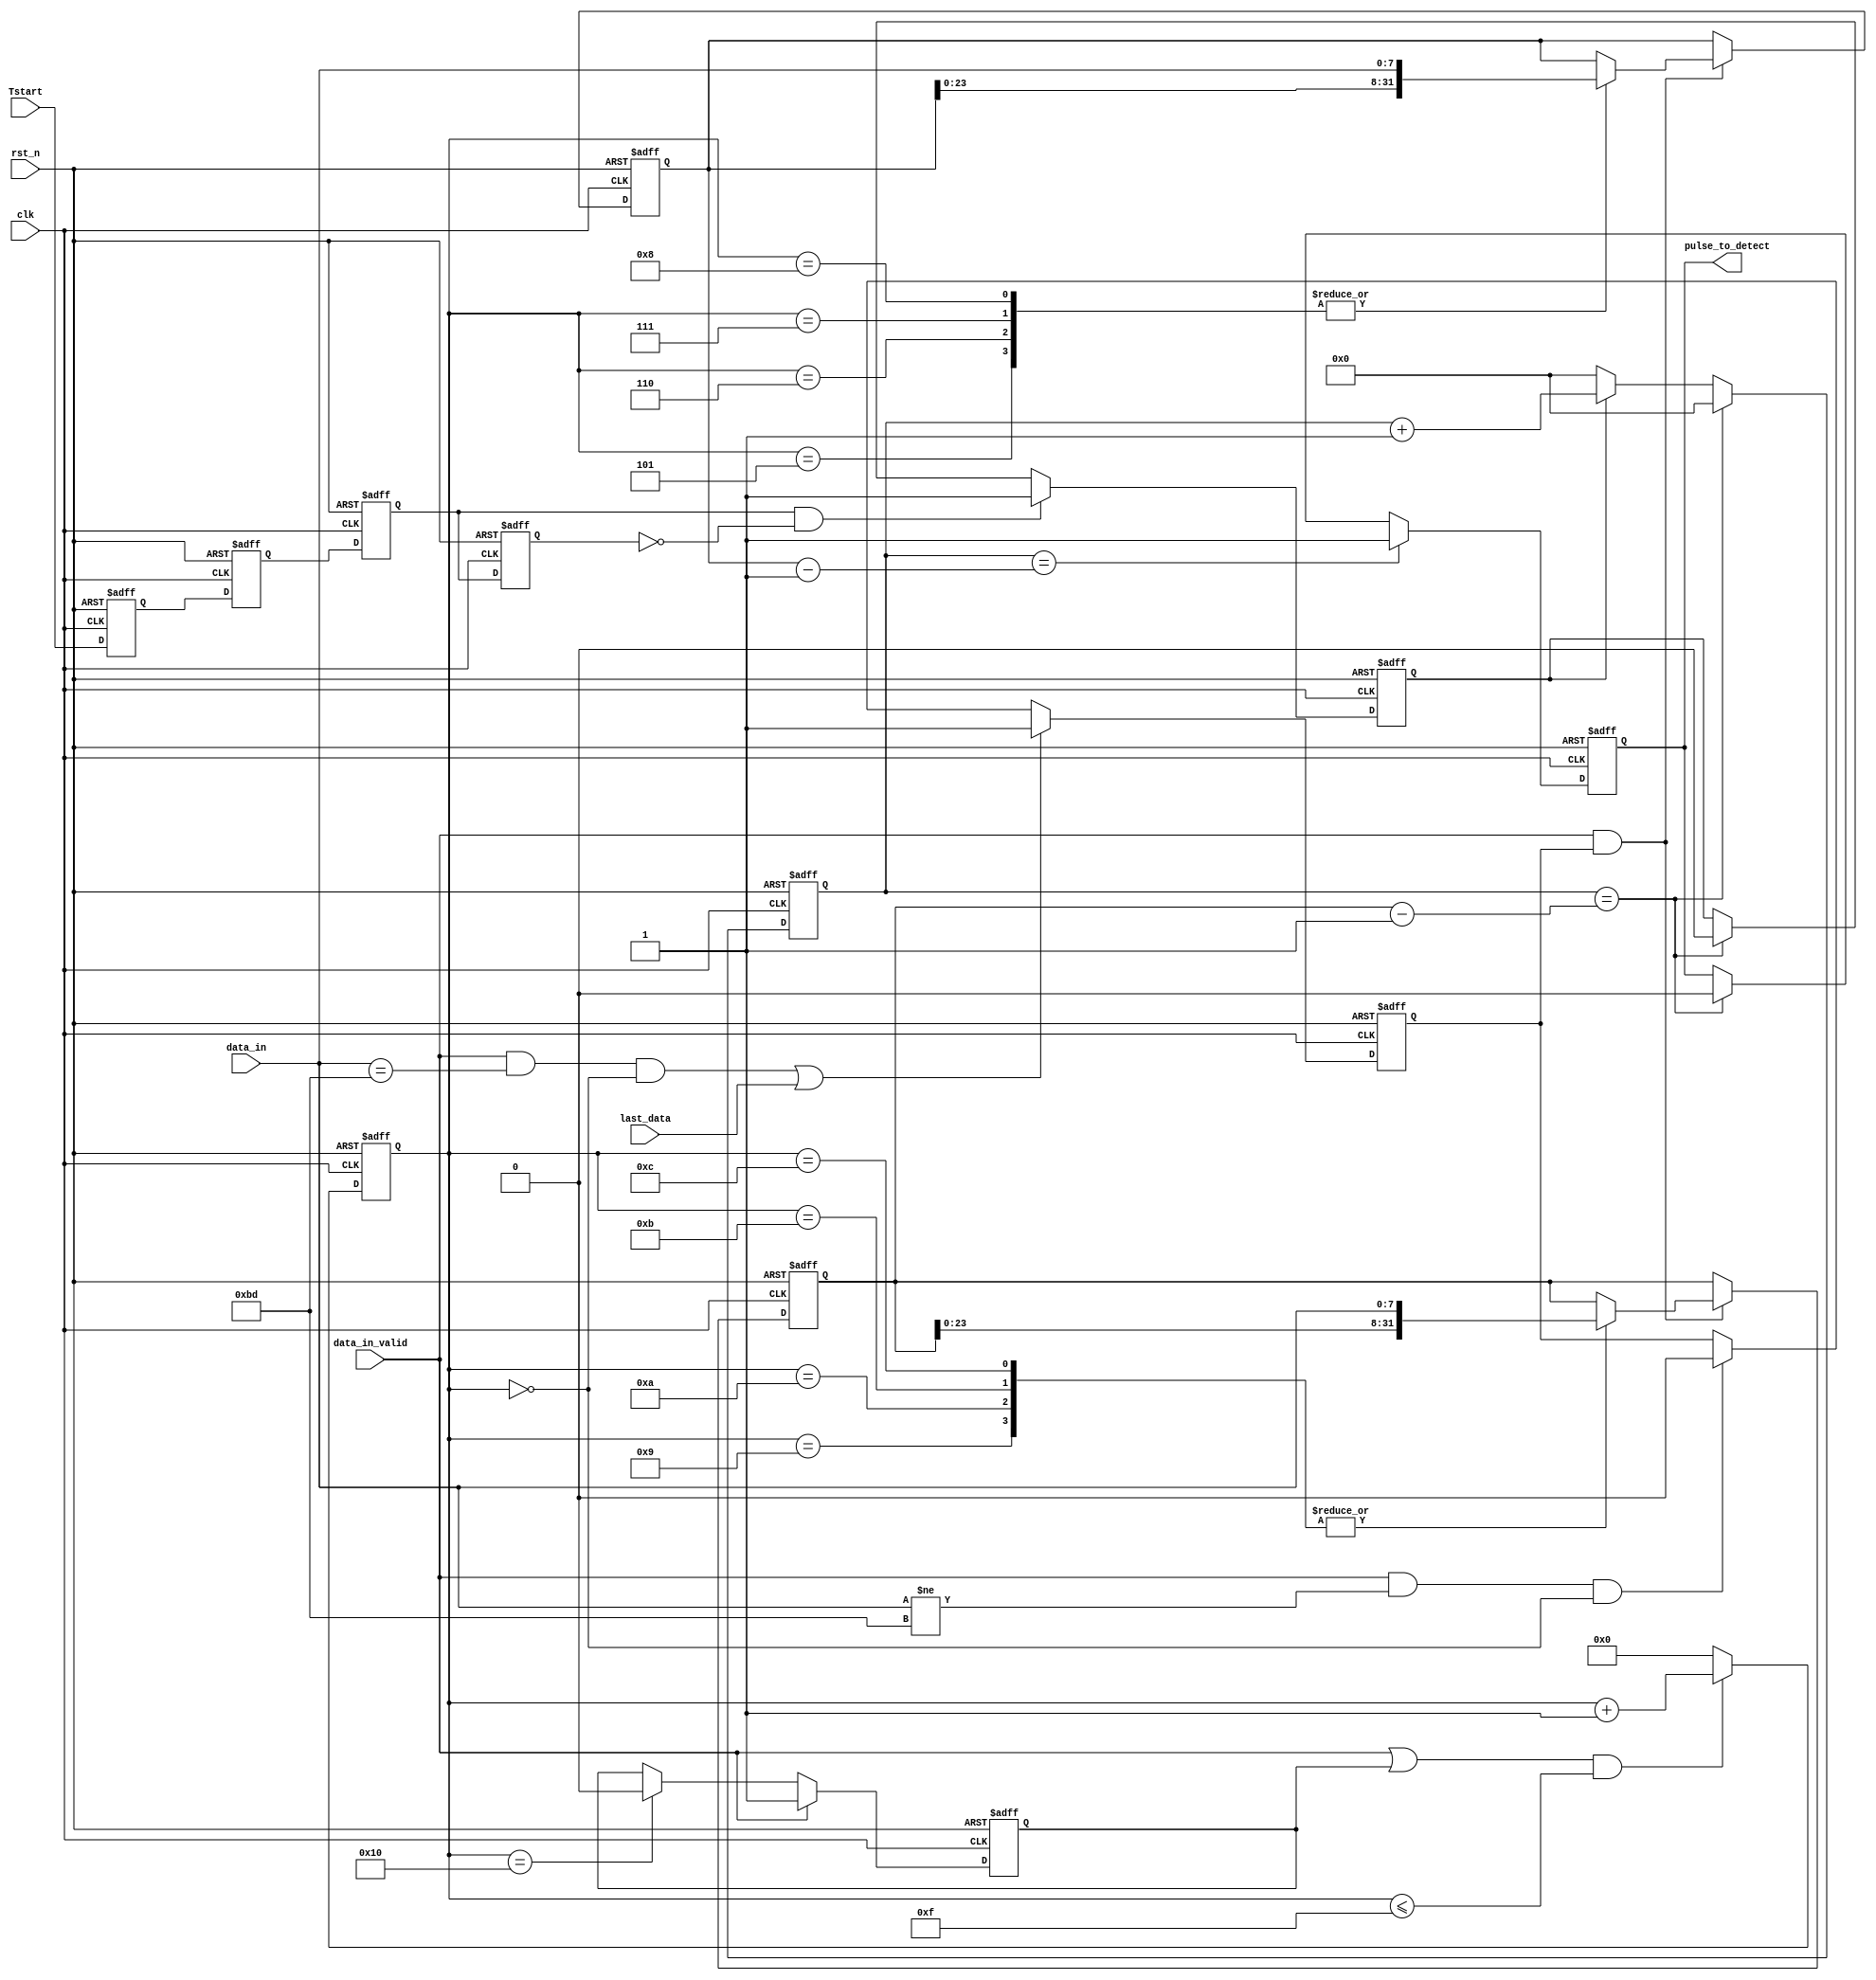
`timescale 1ns / 1ps
//////////////////////////////////////////////////////////////////////////////////
// Company: 
// Engineer: 
// 
// Design Name: 
// Module Name: gate_control
// Project Name: 
// Target Devices: 
// Tool Versions: 
// Description: 
// 
// Dependencies: 
// 
// Revision:
// Revision 0.01 - File Created
// Additional Comments:
// 
//////////////////////////////////////////////////////////////////////////////////


module gate_control(
input   clk,
input   rst_n,
input   Tstart,
input  [7:0] data_in,   
input        data_in_valid,
input        last_data,
output reg pulse_to_detect=0
);
reg  [31:0] cnt=0;
wire Tstart_posedge;
reg Tstart_r1=0;
reg Tstart_r2=0;
reg Tstart_r3=0;
reg Tstart_r4=0;
reg cnt_add_en=0;
reg           ready=1;
reg  [31:0] Tstart_delay_time=32'd80;
reg  [31:0]   Pulse_stop_time=32'd800;
reg   [7:0]  byte_cnt=0;
reg byte_cnt_add_en=0;   
assign  Tstart_posedge=Tstart_r3&&(!Tstart_r4);
 always@(posedge clk or negedge rst_n)
	   if(!rst_n)
	    ready<=1'b1;
		else if((data_in_valid&&data_in==8'hBD&&byte_cnt==0)||last_data)
	        ready<=1'b1;
	    else if(data_in_valid&&data_in!=8'hBD&&byte_cnt==0)
		   ready<=1'b0;
	 else     ready<=ready;
	 
  always@(posedge clk or negedge rst_n)
           if(!rst_n)
         begin   Tstart_delay_time<=32'd0;
                   Pulse_stop_time<=32'd0; end
       else     if(data_in_valid&&ready)
           begin  case(byte_cnt)
         8'd5:begin    Tstart_delay_time<={Tstart_delay_time[23:0] ,data_in};          
         end
         8'd6:begin     Tstart_delay_time<={Tstart_delay_time[23:0] ,data_in};         
         end
         8'd7:begin     Tstart_delay_time<={Tstart_delay_time[23:0] ,data_in};         
         end
         8'd8:begin    Tstart_delay_time<={Tstart_delay_time[23:0] ,data_in};            
         end
         8'd9:begin
            Pulse_stop_time<={Pulse_stop_time[23:0] ,data_in};  
         end
         8'd10:begin
            Pulse_stop_time<={Pulse_stop_time[23:0] ,data_in};  
         end
         8'd11: begin
            Pulse_stop_time<={Pulse_stop_time[23:0] ,data_in};  
         end
         8'd12:begin
            Pulse_stop_time<={Pulse_stop_time[23:0] ,data_in};  
         end        
           default:begin     Tstart_delay_time<=Tstart_delay_time;
                               Pulse_stop_time<=  Pulse_stop_time;
                         end      
           endcase  end
         else   begin   Tstart_delay_time<=Tstart_delay_time;
                          Pulse_stop_time<=  Pulse_stop_time;  end

  always@(posedge clk or negedge rst_n)
	   if(!rst_n)
	    byte_cnt_add_en<=1'b0;
		else if(data_in_valid)
	     byte_cnt_add_en<=1'b1;
	    else if(byte_cnt==5'd16)
		   byte_cnt_add_en<=1'b0;
	 else    byte_cnt_add_en<=byte_cnt_add_en;
	 always@(posedge clk or negedge rst_n)	     
	  if(!rst_n)
	     byte_cnt<=5'd0;
	  else if((data_in_valid||byte_cnt_add_en)&&(byte_cnt<=5'd15))
	     byte_cnt<=byte_cnt+1'b1;
	 else    byte_cnt<=5'd0; 



always@(posedge clk or negedge rst_n)
     if(!rst_n)    begin               
                    Tstart_r1<=0;
                     Tstart_r2<=0;
                     Tstart_r3<=0;
                    Tstart_r4<=0;
                 
                 
       end
	   else  begin  
	         Tstart_r1<=Tstart;
             Tstart_r2<=Tstart_r1; 
              Tstart_r3<=Tstart_r2; 
             Tstart_r4<=Tstart_r3; 
             
             
	   end
	
always @(posedge clk or negedge rst_n)
       
         if(!rst_n)
               cnt_add_en<=1'b0;
        else if(Tstart_posedge)
        cnt_add_en<=1'b1;
       else if(cnt==Pulse_stop_time-1'b1)
         cnt_add_en<=1'b0;	   
      

always @(posedge clk or negedge rst_n)
       
         if(!rst_n)
               cnt<=32'd0;
		else  if(cnt==Pulse_stop_time-1'b1)	   
			   cnt<=32'd0;
			   
		else if(cnt_add_en)
               cnt<=cnt+1'b1;		
			   
		else  cnt<=32'd0;	   
			      
 always @(posedge clk or negedge rst_n)     
	if(!rst_n)
	pulse_to_detect<=0;
	else if(cnt==Tstart_delay_time-1'b1)
	pulse_to_detect<=1;
	else  if(cnt==Pulse_stop_time-1'b1)	
		pulse_to_detect<=0;
	else  pulse_to_detect<=pulse_to_detect;
	
	
	endmodule